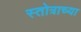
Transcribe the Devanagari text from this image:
स्तोत्राच्या